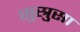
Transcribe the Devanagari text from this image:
सुस्रुसा